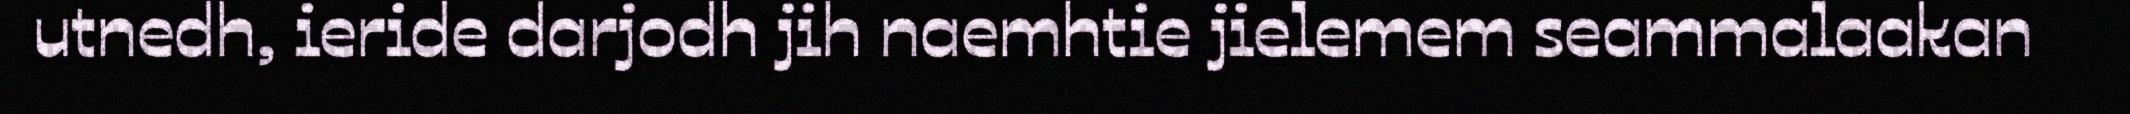
utnedh, ieride darjodh jih naemhtie jielemem seammalaakan